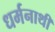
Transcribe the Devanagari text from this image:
धर्मनाथी